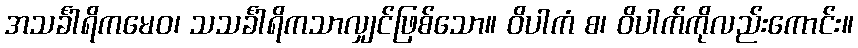
အသင်္ခါရိကမေဝ၊ သသင်္ခါရိကသာလျှင်ဖြစ်သော။ ဝိပါကံ စ၊ ဝိပါက်ကိုလည်းကောင်း။